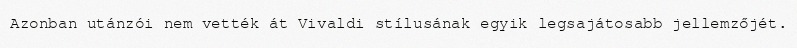
Azonban utánzói nem vették át Vivaldi stílusának egyik legsajátosabb jellemzőjét.